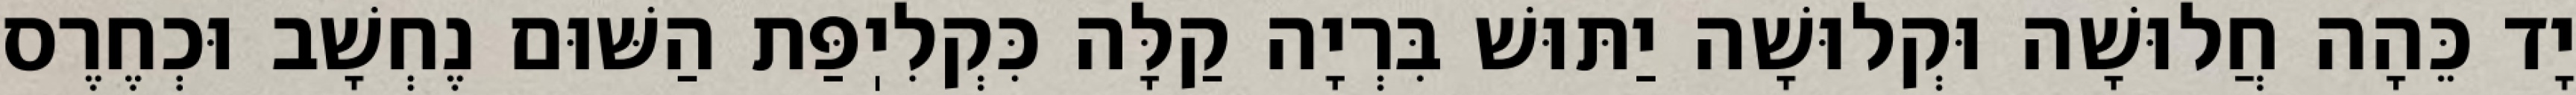
יָד כֵּהָה חֲלוּשָׁה וּקְלוּשָׁה יַתּוּשׁ בִּרְיָה קַלָּה כִּקְלִיֽפַּת הַשּׁוּם נֶחְשָׁב וּכְחֶרֶס